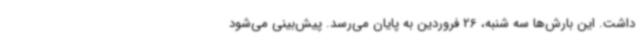
داشت. این بارش‌ها سه شنبه، 26 فروردین به پایان می‌رسد. پیش‌بینی می‌شود